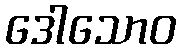
ဒေါသောဝ